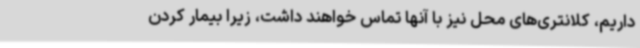
داریم، کلانتری‌های محل نیز با آنها تماس خواهند داشت، زیرا بیمار کردن